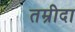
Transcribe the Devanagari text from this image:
तम्रीदा